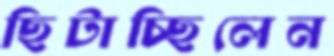
ছিটাচ্ছিলেন